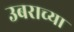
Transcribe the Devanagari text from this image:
उबराच्या